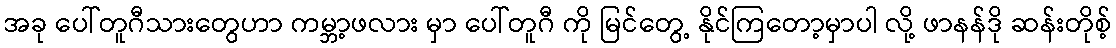
အခု ပေါ်တူဂီသားတွေဟာ ကမ္ဘာ့ဖလား မှာ ပေါ်တူဂီ ကို မြင်တွေ့ နိုင်ကြတော့မှာပါ လို့ ဖာနန်ဒို ဆန်းတိုစ့်